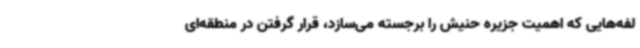
لفه‌هایی که اهمیت جزیره حنیش را برجسته می‌سازد، قرار گرفتن در منطقه‌ای